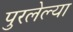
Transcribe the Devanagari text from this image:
पुरलेल्या